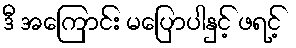
ဒီ အကြောင်း မပြောပါနှင့် ဖရင့်